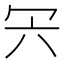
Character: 𠕼